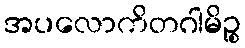
အပလောကိတဂါမိဉ္စ